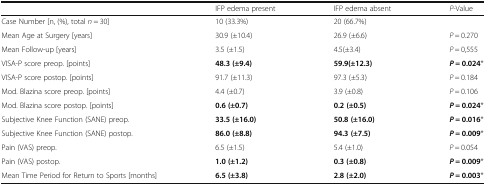
<table><thead><tr><td></td><td><b>IFP edema present</b></td><td><b>IFP edema absent</b></td><td><b><i>P</i>-Value</b></td></tr></thead><tbody><tr><td>Case Number [n, (%), total <i>n</i> = 30]</td><td>10 (33.3%)</td><td>20 (66.7%)</td><td></td></tr><tr><td>Mean Age at Surgery [years]</td><td>30.9 (±10.4)</td><td>26.9 (±6.6)</td><td><i>P</i> = 0.270</td></tr><tr><td>Mean Follow-up [years]</td><td>3.5 (±1.5)</td><td>4.5(±3.4)</td><td><i>P</i> = 0,555</td></tr><tr><td>VISA-P score preop. [points]</td><td><b>48.3 (±9.4)</b></td><td><b>59.9(±12.3)</b></td><td><b><i>P</i></b> <b>= 0.024</b>*</td></tr><tr><td>VISA-P score postop. [points]</td><td>91.7 (±11.3)</td><td>97.3 (±5.3)</td><td><i>P</i> = 0.184</td></tr><tr><td>Mod. Blazina score preop. [points]</td><td>4.4 (±0.7)</td><td>3.9 (±0.8)</td><td><i>P</i> = 0.106</td></tr><tr><td>Mod. Blazina score postop. [points]</td><td><b>0.6 (±0.7)</b></td><td><b>0.2 (±0.5)</b></td><td><b><i>P</i></b> <b>= 0.024</b>*</td></tr><tr><td>Subjective Knee Function (SANE) preop.</td><td><b>33.5 (±16.0)</b></td><td><b>50.8 (±16.0)</b></td><td><b><i>P</i></b> <b>= 0.016</b>*</td></tr><tr><td>Subjective Knee Function (SANE) postop.</td><td><b>86.0 (±8.8)</b></td><td><b>94.3 (±7.5)</b></td><td><b><i>P</i></b> <b>= 0.009</b>*</td></tr><tr><td>Pain (VAS) preop.</td><td>6.5 (±1.5)</td><td>5.4 (±1.0)</td><td><i>P</i> = 0.054</td></tr><tr><td>Pain (VAS) postop.</td><td><b>1.0 (±1.2)</b></td><td><b>0.3 (±0.8)</b></td><td><b><i>P</i></b> <b>= 0.009</b>*</td></tr><tr><td>Mean Time Period for Return to Sports [months]</td><td><b>6.5 (±3.8)</b></td><td><b>2.8 (±2.0)</b></td><td><b><i>P</i></b> <b>= 0.003</b>*</td></tr></tbody></table>